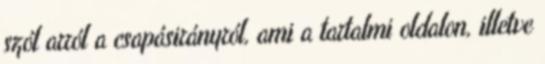
szól arról a csapásirányról, ami a tartalmi oldalon, illetve